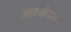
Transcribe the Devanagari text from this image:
अंतःक्षेपन